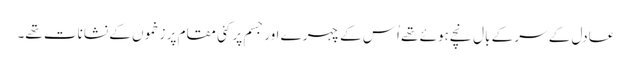
عادل کے سر کے بال نچے ہوئے تھے اُس کے چہرے اور جسم پر کئی مقام پر زخموں کے نشانات تھے۔